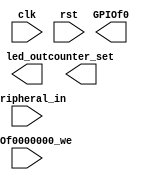
`timescale 1ns / 1ps

module led_Dev_IO(
		input clk,	// io_clk CPU 
		input rst,
		input GPIOf0000000_we,	//  U4
		input [31:0] Peripheral_in,	//  U4
		output [1:0] counter_set,	//  U7
		output [7:0] led_out,	//  LED U4
		output [21:0] GPIOf0	// 
	);
endmodule